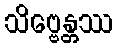
သိဗ္ဗေန္တဿ